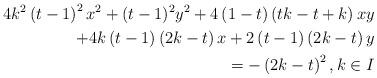
LaTeX: \begin{align*}4k^{2}\left( t-1\right) ^{2}x^{2}+(t-1)^{2}y^{2}+\allowbreak 4\left(1-t\right) \left( tk-t+k\right) xy \\+4k\left( t-1\right) \left( 2k-t\right) x+\allowbreak 2\left( t-1\right)\left( 2k-t\right) y \\=-\left( 2k-t\right) ^{2},k\in I \end{align*}